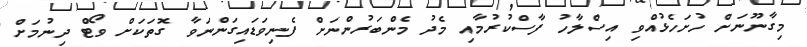
މިގާނޫނަށް ހުށަހެޅުއްވި އިސްލާހު ފާސްކުރުމާއި މެދު މެންބަރުންނަށް ފެނިވަޑައިގަންނަވާ ގޮތަކަށް ވޯޓް ދިނުމަށް